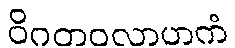
ဝိဂတဝလာဟကံ